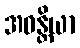
အဝန္တိယာ